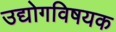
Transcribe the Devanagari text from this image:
उद्योगविषयक